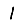
Digit: 1